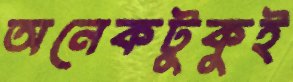
অনেকটুকুই